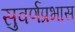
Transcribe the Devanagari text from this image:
सुवर्णप्रभास